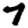
Digit: 7